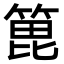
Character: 𫞾